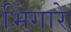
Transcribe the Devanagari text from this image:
भिंगारे